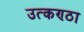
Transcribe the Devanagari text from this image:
उत्‍कण्‍ठा